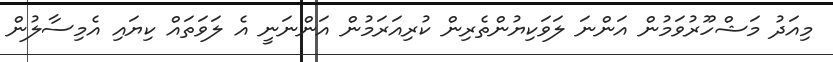
މިއަދު މަޝްހޫރުވަމުން އަންނަ ލަވަކިޔުންތެރިން ކުރިއަރަމުން އަންނަނީ އެ ލަވަތައް ކިޔައި އެމިސާލުން